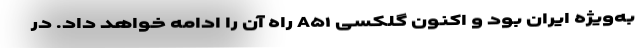
به‌ویژه ایران بود و اکنون گلکسی A۵۱ راه آن را ادامه خواهد داد. در